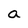
Character: a